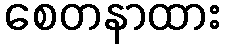
စေတနာထား